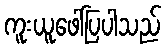
ကူးယူဖေါ်ပြပါသည်